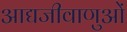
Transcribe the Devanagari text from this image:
आद्यजीवाणुओं